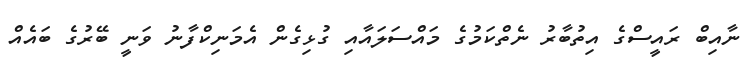
ނާއިބް ރައީސްގެ އިތުބާރު ނެތްކަމުގެ މައްސަލައާއި ގުޅިގެން އެމަނިކްފާނު ވަނީ ބޭރުގެ ބައެއް